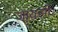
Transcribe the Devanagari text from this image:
जायसी।